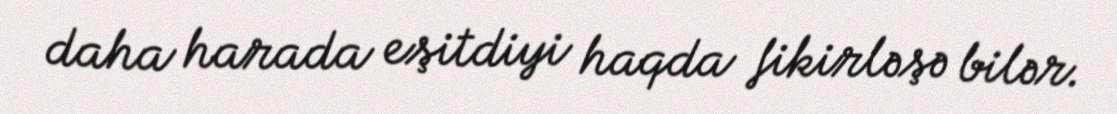
daha harada eşitdiyi haqda fikirləşə bilər.